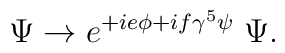
\Psi \rightarrow e^{+ie\phi + if\gamma^5 \psi} \; \Psi .